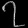
Digit: ၇